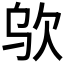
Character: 𰙋